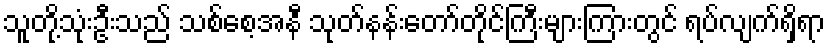
သူတို့သုံးဦးသည် သစ်စေ့အနီ သုတ်နန်းတော်တိုင်ကြီးများကြားတွင် ရပ်လျက်ရှိရာ